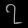
Digit: ၇